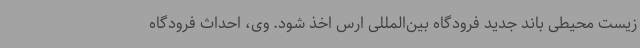
زیست محیطی باند جدید فرودگاه بین‌المللی ارس اخذ شود. وی، احداث فرودگاه